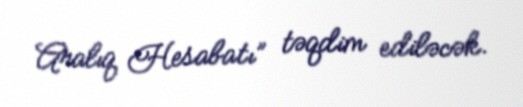
Aralıq Hesabatı” təqdim ediləcək.